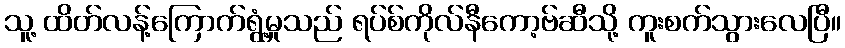
သူ့ ထိတ်လန့်ကြောက်ရွံ့မှုသည် ရပ်စ်ကိုလ်နီကော့ဗ်ဆီသို့ ကူးစက်သွားလေပြီ။